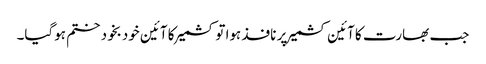
جب بھارت کا آئین کشمیر پر نافذ ہوا تو کشمیر کا آئین خودبخود ختم ہوگیا۔